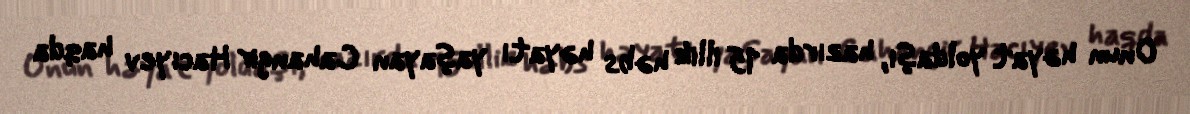
Onun həyat yoldaşı, hazırda 15 illik həbs həyatı yaşayan Cahangir Hacıyev haqda